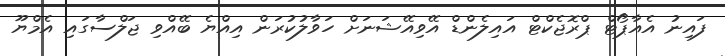
ފައިނު އެއާޕޯޓް ޕްރޮޖެކްޓް އައިލެންޑް އޭވިއޭޝަނަށް ހަވާލުކުރަން އިއްޔެ ބޭއްވި ޖަލްސާގައި އެމްޔޫ